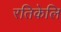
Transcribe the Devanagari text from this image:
रतिकेलि